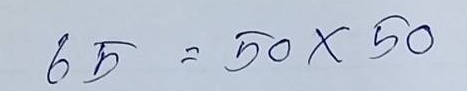
65 = 50x50